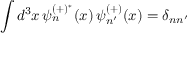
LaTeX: \int d ^ { 3 } x \, \psi _ { n } ^ { ( + ) ^ { * } } ( x ) \, \psi _ { n ^ { \prime } } ^ { ( + ) } ( x ) = \delta _ { n n ^ { \prime } }